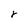
Character: r